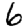
Digit: 6